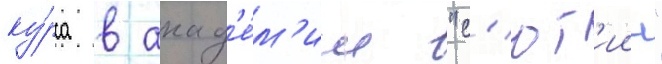
ку́рса в акад'е́м'ии "с'ют'иин"